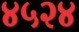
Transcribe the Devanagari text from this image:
४५२४